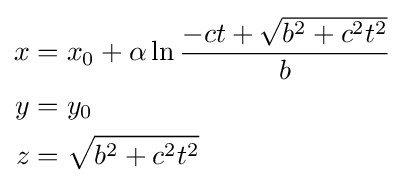
\scriptstyle {\begin{aligned}x&=x_{0}+\alpha \ln {\frac {-ct+{\sqrt {b^{2}+c^{2}t^{2}}}}{b}}\\y&=y_{0}\\z&={\sqrt {b^{2}+c^{2}t^{2}}}\end{aligned}}